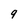
Character: 9